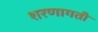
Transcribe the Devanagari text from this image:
शरणागती